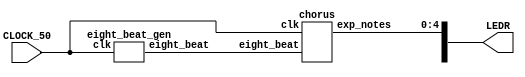
module test(LEDR, CLOCK_50);
	input CLOCK_50;
	output [9:0]LEDR;
	
	wire eight_beat;
	
	chorus chr(.clk(CLOCK_50),
				  .eight_beat(eight_beat),
				  .exp_notes(LEDR[4:0])
				  );
	
	eight_beat_gen rate_driver(.clk(CLOCK_50),
						.eight_beat(eight_beat)
						);
						
endmodule

module chorus(
				  input clk,
						  eight_beat,
						  
				  output reg [4:0]exp_notes
				  );
							 
	reg [4:0] t = 5'd0;
	
	always@(posedge clk)
	begin
		if (eight_beat == 1'b1)
			t <= t+1;
		else
			t <= t;
	end
	
	always@(posedge clk)
	begin
	
		case(t)
			5'd1:
				exp_notes <= 5'b00101;
			5'd3:
				exp_notes <= 5'b01010;
			5'd5:
				exp_notes <= 5'b10100;
			5'd8:
				exp_notes <= 5'b00101;
			5'd10:
				exp_notes <= 5'b01010;
			5'd12:
				exp_notes <= 5'b11000;
			5'd13:
				exp_notes <= 5'b10100;
			5'd17:
				exp_notes <= 5'b00101;
			5'd19:
				exp_notes <= 5'b01010;
			5'd21:
				exp_notes <= 5'b10100;
			5'd24:
				exp_notes <= 5'b01010;
			5'd26:
				exp_notes <= 5'b00101;
				
			default: exp_notes <= 5'b00000;
			
		endcase
	end
endmodule

module eight_beat_gen(input clk, output reg eight_beat);
	
	parameter EIGHTH_NOTE = 24'd13500000;
	
	reg [23:0] t = 24'd0;
	
	always@(posedge clk)
	begin
		if (t == EIGHTH_NOTE)
		begin
			t <= 24'd0;
			eight_beat <= 1'b1;
		end
		
		else
		begin
			t <= t+1;
			eight_beat <= 1'b0;
		end
			
	end

endmodule